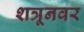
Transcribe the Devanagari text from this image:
शत्रूनवर